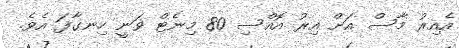
އެއިރު މާސް އަށް އިރު އޮއްސި 80 މިނެޓް ވަނީ ހިނގާފަ އެވެ.